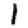
Digit: 1